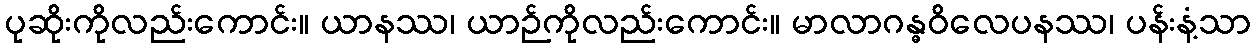
ပုဆိုးကိုလည်းကောင်း။ ယာနဿ၊ ယာဉ်ကိုလည်းကောင်း။ မာလာဂန္ဓဝိလေပနဿ၊ ပန်းနံ့သာ